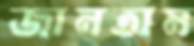
জানতাম